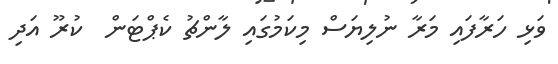
ވަޅި ހަރާފައި މަރާ ނުލިޔަސް މިކަމުގައި ލާންޗު ކެޕްޓަން  ކުރޫ އަދި